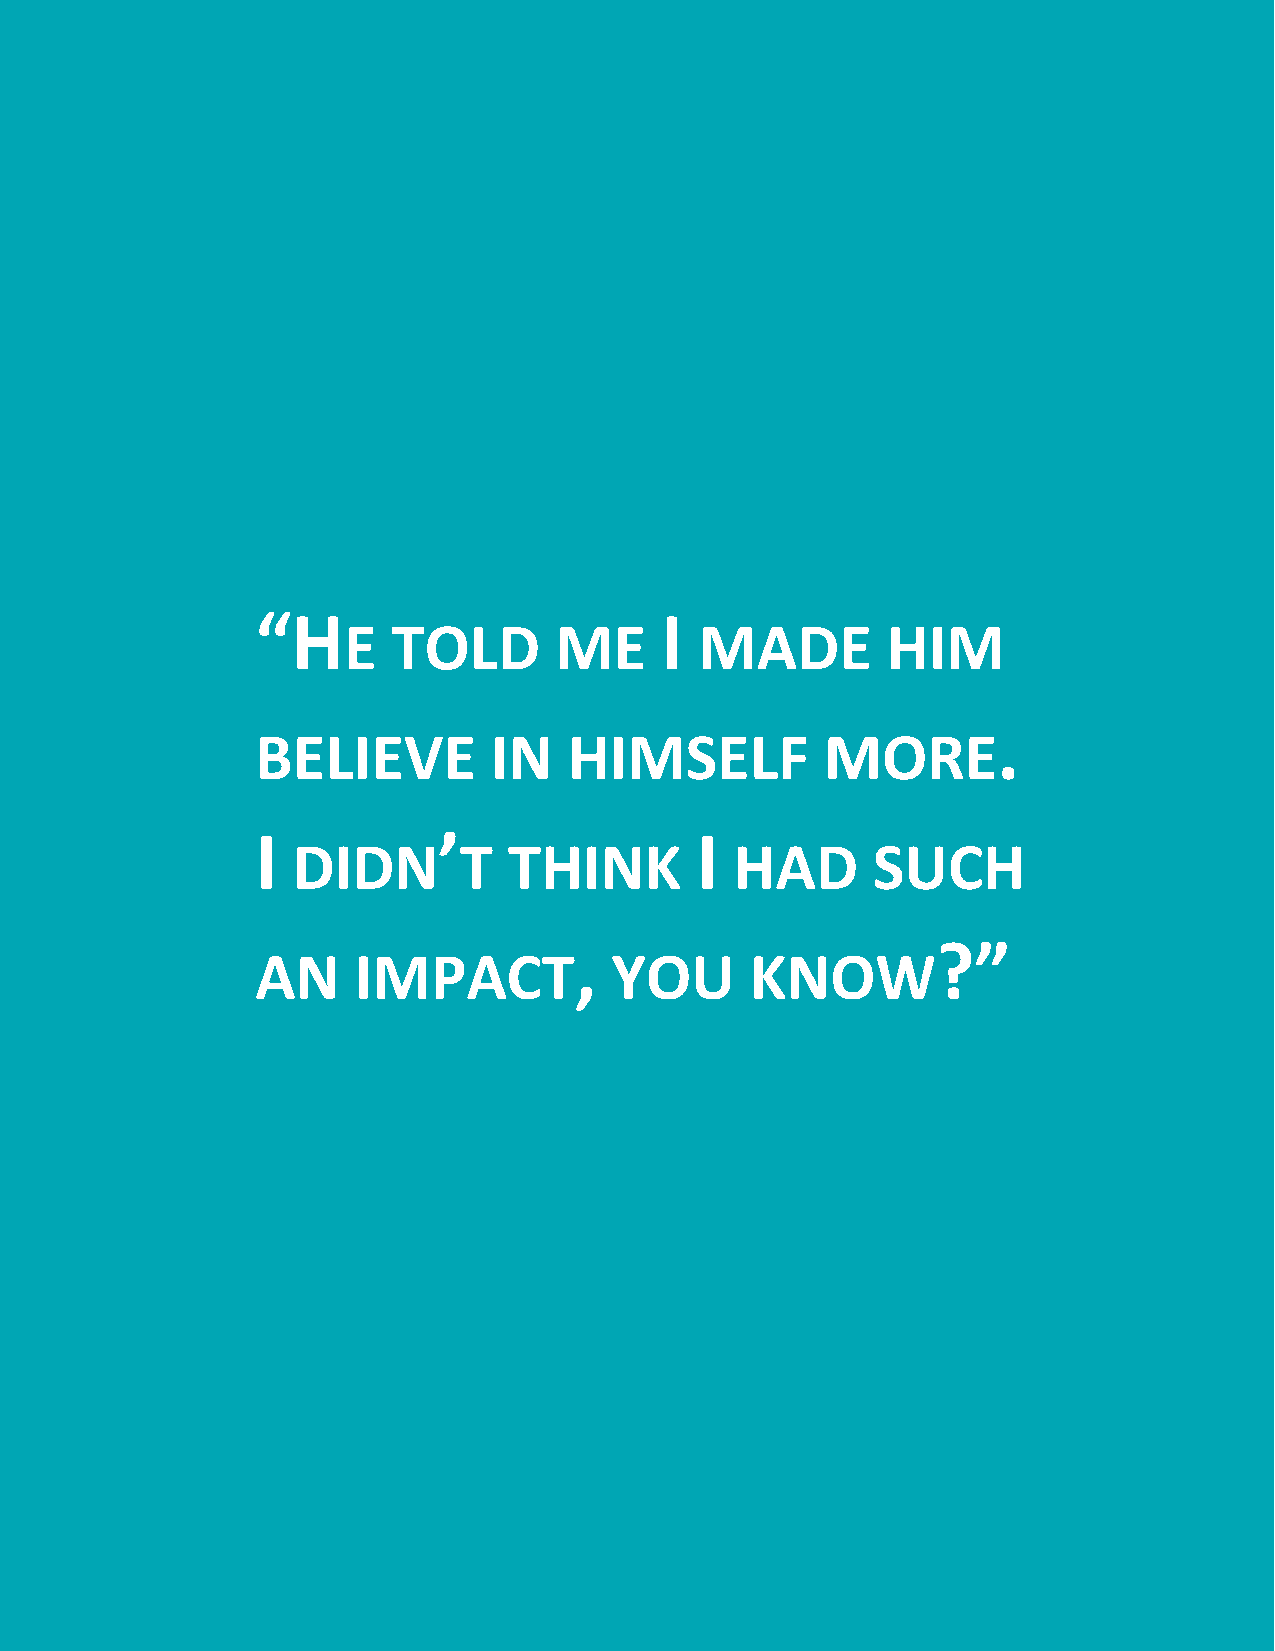
“H                         I
 E  TOLD       ME       MADE         HIM
 .
 BELIEVE        IN    HIMSELF          MORE
 I           ’                I
 DIDN       T   THINK          HAD      SUCH
 ,                       ?”
 AN    IMPACT           YOU       KNOW
 13 | An O ral History o f Bridge t o Em ploy me nt